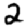
Digit: 2